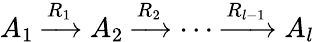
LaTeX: A_{1}\xrightarrow{R_{1}}A_{2}\xrightarrow{R_{2}}\cdots\xrightarrow{R_{l-1}}A_{l}